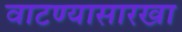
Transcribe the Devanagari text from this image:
वाटण्यासारखा